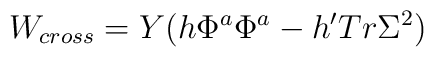
W_{cross} =  Y(h\Phi^a\Phi^a  -  h'Tr \Sigma^2)